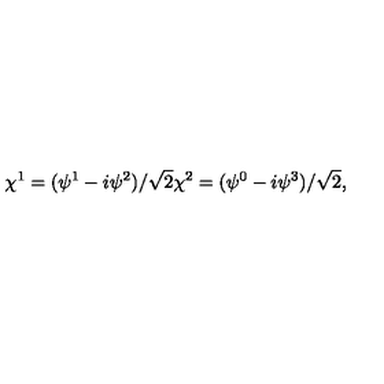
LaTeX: \chi ^ { 1 } = ( \psi ^ { 1 } - i \psi ^ { 2 } ) / \sqrt { 2 } \chi ^ { 2 } = ( \psi ^ { 0 } - i \psi ^ { 3 } ) / \sqrt { 2 } ,